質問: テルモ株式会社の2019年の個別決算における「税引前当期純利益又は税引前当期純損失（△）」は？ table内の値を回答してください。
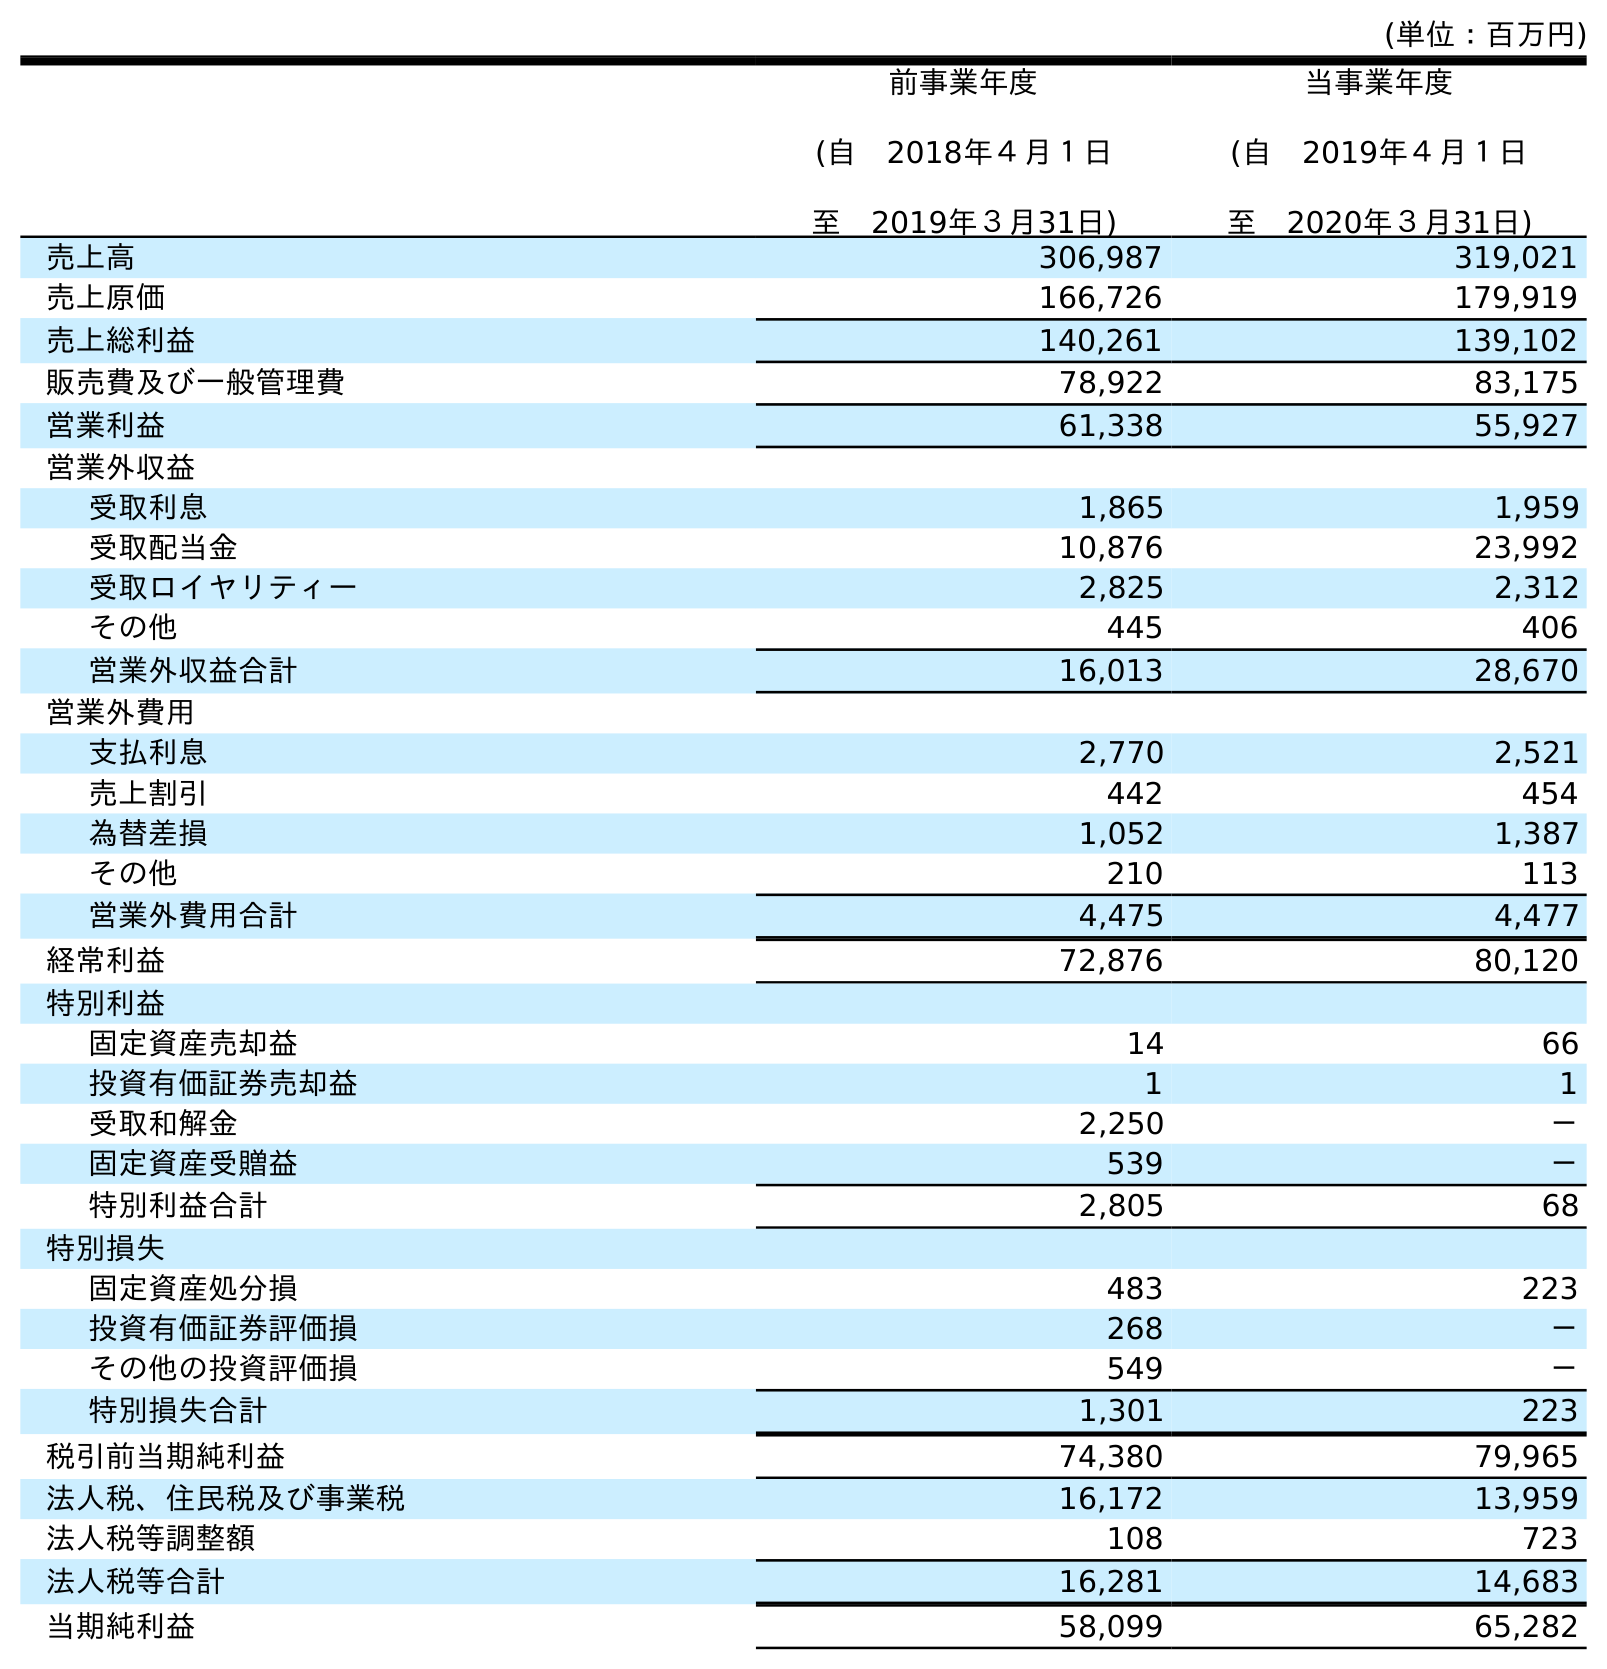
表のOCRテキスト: (単位：百万円) 前事業年度 (自 2018年４月１日 至 2019年３月31日) 当事業年度 (自 2019年４月１日 至 2020年３月31日) 売上高 306,987 319,021 売上原価 166,726 179,919 売上総利益 140,261 139,102 販売費及び一般管理費 78,922 83,175 営業利益 61,338 55,927 営業外収益 受取利息 1,865 1,959 受取配当金 10,876 23,992 受取ロイヤリティー 2,825 2,312 その他 445 406 営業外収益合計 16,013 28,670 営業外費用 支払利息 2,770 2,521 売上割引 442 454 為替差損 1,052 1,387 その他 210 113 営業外費用合計 4,475 4,477 経常利益 72,876 80,120 特別利益 固定資産売却益 14 66 投資有価証券売却益 1 1 受取和解金 2,250 － 固定資産受贈益 539 － 特別利益合計 2,805 68 特別損失 固定資産処分損 483 223 投資有価証券評価損 268 － その他の投資評価損 549 － 特別損失合計 1,301 223 税引前当期純利益 74,380 79,965 法人税、住民税及び事業税 16,172 13,959 法人税等調整額 108 723 法人税等合計 16,281 14,683 当期純利益 58,099 65,282
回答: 74,380